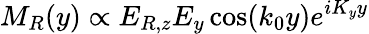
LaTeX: M_{R}(y)\propto E_{R,z}E_{y}\cos(k_{0}y)e^{iK_{y}y}